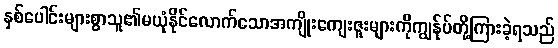
နှစ်ပေါင်းများစွာသူ၏မယုံနိုင်လောက်သောအကျိုးကျေးဇူးများကိုကျွန်ုပ်တို့ကြားခဲ့ရသည်